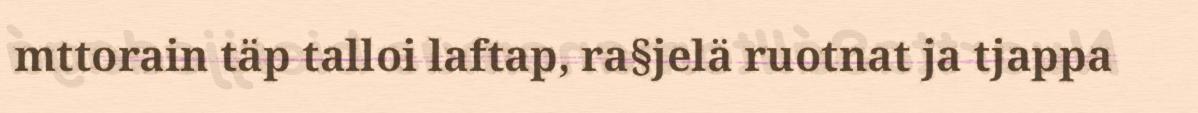
mttorain täp talloi laftap, ra§jelä ruotnat ja tjappa